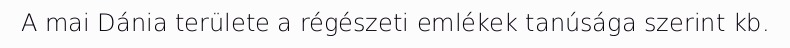
A mai Dánia területe a régészeti emlékek tanúsága szerint kb.